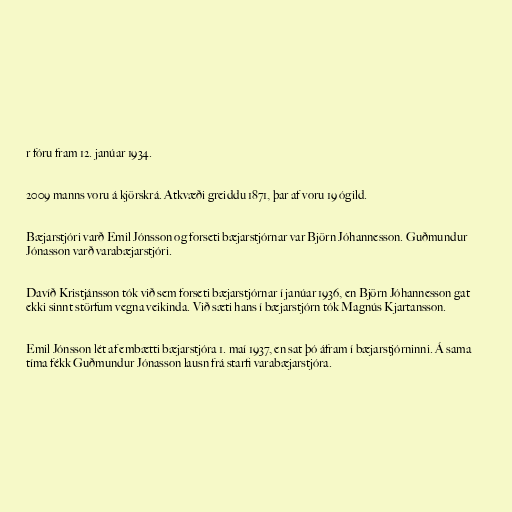
r fóru fram 12. janúar 1934.

2009 manns voru á kjörskrá. Atkvæði greiddu 1871, þar af voru 19 ógild.

Bæjarstjóri varð Emil Jónsson og forseti bæjarstjórnar var Björn Jóhannesson. Guðmundur
Jónasson varð varabæjarstjóri.

Davíð Kristjánsson tók við sem forseti bæjarstjórnar í janúar 1936, en Björn Jóhannesson gat
ekki sinnt störfum vegna veikinda. Við sæti hans í bæjarstjórn tók Magnús Kjartansson.

Emil Jónsson lét af embætti bæjarstjóra 1. maí 1937, en sat þó áfram í bæjarstjórninni. Á sama
tíma fékk Guðmundur Jónasson lausn frá starfi varabæjarstjóra.